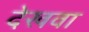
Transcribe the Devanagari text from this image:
देखवा